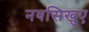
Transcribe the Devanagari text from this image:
नवसिखुए